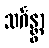
သင်္ဂန္တွာ